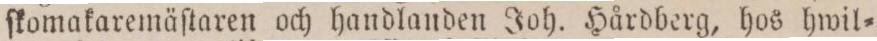
ſkomakaremäſtaren och handlanden Joh. Hårdberg, hos hwil=